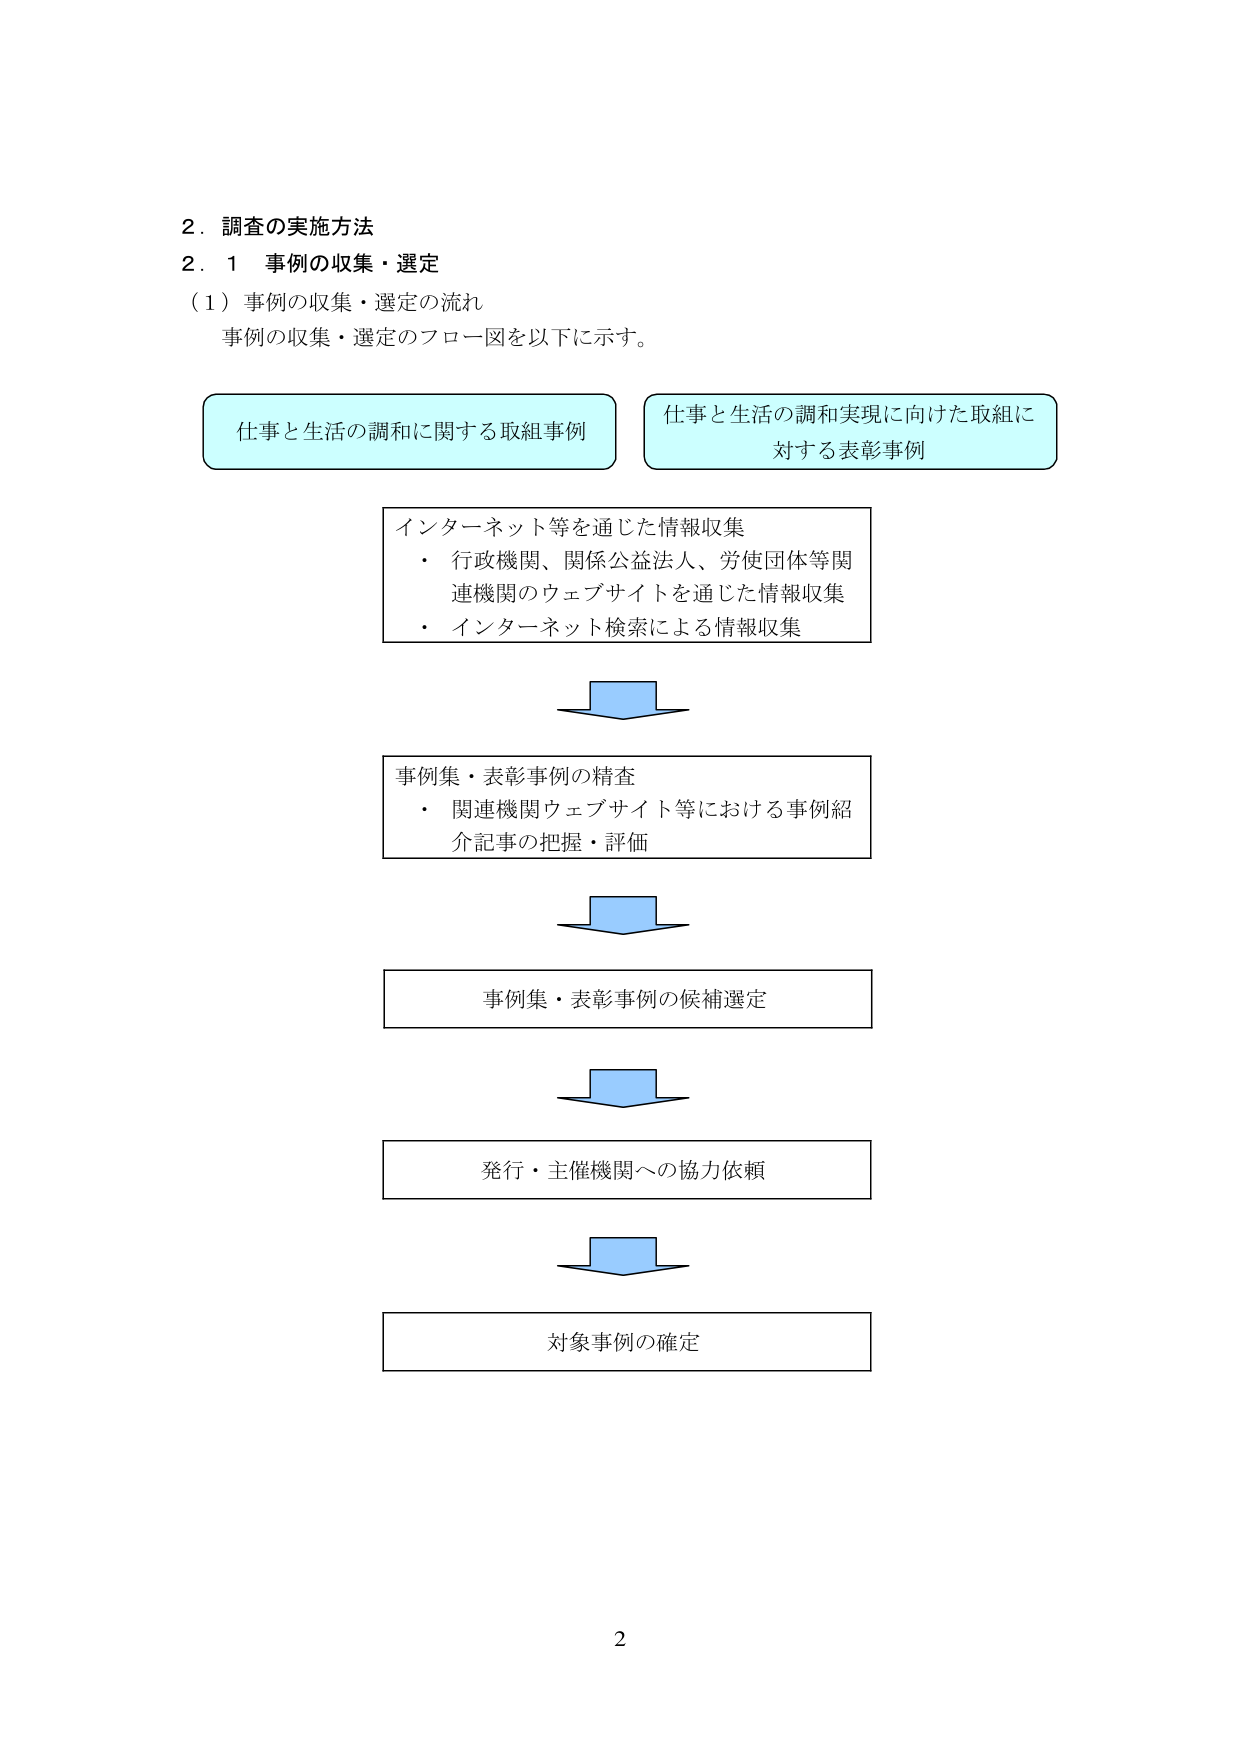
2．調査の実施方法
2．1 事例の収集・選定
（1）事例の収集・選定の流れ
事例の収集・選定のフロー図を以下に示す。

仕事と生活の調和に関する取組事例
仕事と生活の調和実現に向けた取組に対する表彰事例

インターネット等を通じた情報収集
・ 行政機関、関係公益法人、労使団体等関連機関のウェブサイトを通じた情報収集
・ インターネット検索による情報収集

事例集・表彰事例の精査
・ 関連機関ウェブサイト等における事例紹介記事の把握・評価

事例集・表彰事例の候補選定

発行・主催機関への協力依頼

対象事例の確定

2